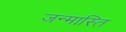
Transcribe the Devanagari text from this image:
जन्मास्ति